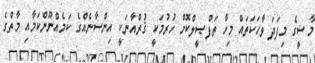
މާޟީގެ މިފަދަ ވާހަކަތައް މިހާ ތަފްޞީލްކޮށް ހުރުމަކީ ޤުރްއާނަކީ އިންސާނެއްގެ ކަމެއްނޫންކަމާއި މާތްގެ